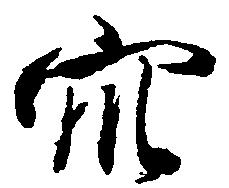
衆